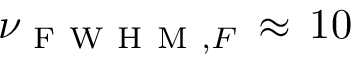
\nu _ { \mathrm { ~ F ~ W ~ H ~ M ~ } , F } \, \approx \, 1 0